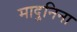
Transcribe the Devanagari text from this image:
मादुनिना